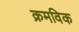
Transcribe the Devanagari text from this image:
क्रमविक